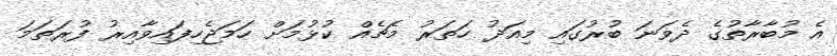
އެ މުބާރާތުގެ ދެވަނަ ބުރުގައި މިއަދު ހަތަރު މެޗެއް ކުޅުމަށް ހަމަޖެހިފައިވާއިރު ފުރަތަމަ